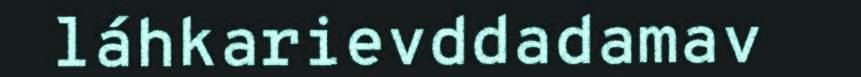
láhkarievddadamav